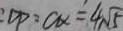
: D P = a _ { x } = 4 \sqrt { 5 }